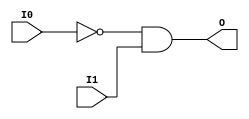
// $Header: /devl/xcs/repo/env/Databases/CAEInterfaces/verunilibs/data/unisims/AND2B1.v,v 1.5.158.1 2007/03/09 18:13:00 patrickp Exp $
///////////////////////////////////////////////////////////////////////////////
// Copyright (c) 1995/2004 Xilinx, Inc.
// All Right Reserved.
///////////////////////////////////////////////////////////////////////////////
//   ____  ____
//  /   /\/   /
// /___/  \  /    Vendor : Xilinx
// \   \   \/     Version : 8.1i (I.13)
//  \   \         Description : Xilinx Functional Simulation Library Component
//  /   /                  2-input AND Gate
// /___/   /\     Filename : AND2B1.v
// \   \  /  \    Timestamp : Thu Mar 25 16:42:11 PST 2004
//  \___\/\___\
//
// Revision:
//    03/23/04 - Initial version.
// End Revision

`timescale  100 ps / 10 ps


module AND2B1 (O, I0, I1);

    output O;

    input  I0, I1;

    not N0 (i0_inv, I0);
    and A1 (O, i0_inv, I1);


endmodule